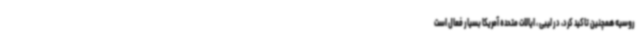
روسیه همچنین تاکید کرد، در لیبی ، ایالات متحده آمریکا بسیار فعال است